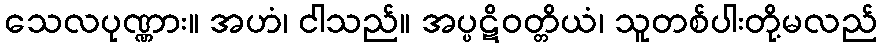
သေလပုဏ္ဏား။ အဟံ၊ ငါသည်။ အပ္ပဋိဝတ္တိယံ၊ သူတစ်ပါးတို့မလည်